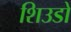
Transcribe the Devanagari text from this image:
शिउडो